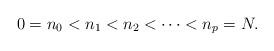
LaTeX: \begin{align*}0=n_0< n_1<n_2<\cdots<n_p=N.\end{align*}